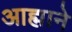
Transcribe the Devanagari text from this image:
आह्माने